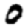
Digit: 0